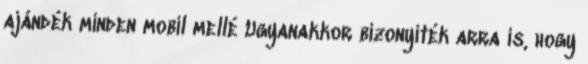
ajándék minden mobil mellé Ugyanakkor bizonyíték arra is, hogy